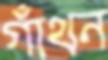
গাঁথন